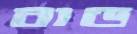
বাড